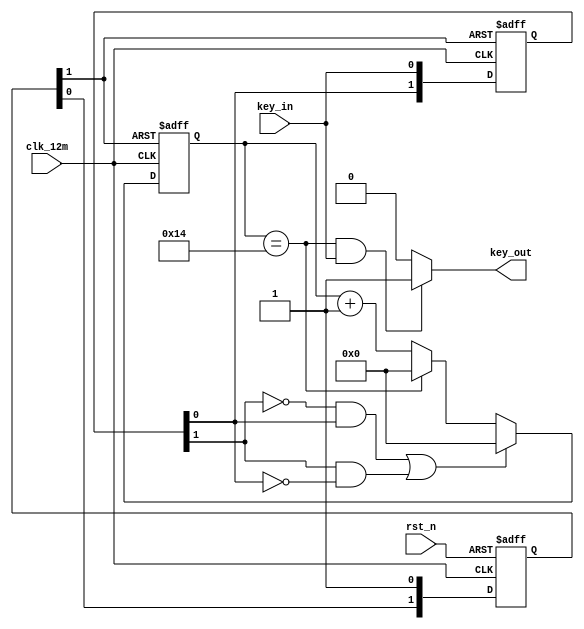
/*
*15MS 12M
*rst_n rst
*key_in 0  1 
*/
module key_btn(
	input clk_12m,
	input rst_n,
	input key_in,
	output key_out
);
//KEY_JITTER 20 2000
parameter KEY_JITTER = 8'd20; //12Mhz 120ns

parameter OUT_SDA= 4'd2;
/*
* rst_n_sys 
*/
reg [1:0] rst_n_sys_r;
wire  rst_n_sys;
always @(posedge clk_12m or negedge rst_n) begin
	if(!rst_n) begin
		rst_n_sys_r <= 2'b00;
	end
	else begin
		rst_n_sys_r[0] <= 1'b1 ;
		rst_n_sys_r[1] <= rst_n_sys_r[0];		
	end 
end
assign rst_n_sys = rst_n_sys_r[1];


reg [1:0]key_in_r;
reg [15:0] delay_cnt;
wire key_in_change;
wire key_in_r_test1;
wire key_in_r_test2;
always @ (posedge clk_12m or negedge rst_n_sys) begin
	if(!rst_n_sys) begin
		key_in_r <= 2'b00;
	end
	else  begin
		key_in_r <= {key_in_r[0],key_in};
	end 

end 
assign  key_in_change = (~key_in_r[1]&key_in_r[0]) | (key_in_r[1] & ~ key_in_r[0]); 
assign	key_in_r_test1 = (~key_in_r[1]&key_in_r[0]);
assign	key_in_r_test2 = (key_in_r[1] & (~ key_in_r[0]));


always @(posedge clk_12m or negedge rst_n_sys) begin
	if(!rst_n_sys) begin
		delay_cnt <= 16'd0;
	end 
	else begin
		if(key_in_change) begin
			delay_cnt <= 16'd0;
		end
		else if (delay_cnt == KEY_JITTER) begin
			delay_cnt <= 16'd0;
		end
		else begin
			delay_cnt <= delay_cnt + 1'b1;
		end 
		
	end 

end
 
assign key_out = ((delay_cnt == KEY_JITTER ) && (key_in == 1'b1) ) ? 1'b1 : 1'b0; 
 
endmodule